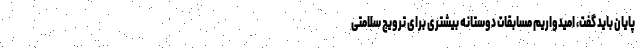
پایان باید گفت، امیدواریم مسابقات دوستانه بیشتری برای ترویج سلامتی